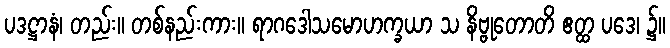
ပဒဋ္ဌာနံ၊ တည်း။ တစ်နည်းကား။ ရာဂဒေါသမောဟက္ခယာ သ နိဗ္ဗုတောတိ ဧတ္ထ ပဒေ၊ ၌။